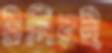
টনিরই